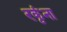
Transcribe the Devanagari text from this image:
रकृंना